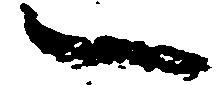
一